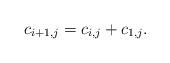
LaTeX: \begin{align*}c_{i+1,j}=c_{i,j}+c_{1,j}.\end{align*}